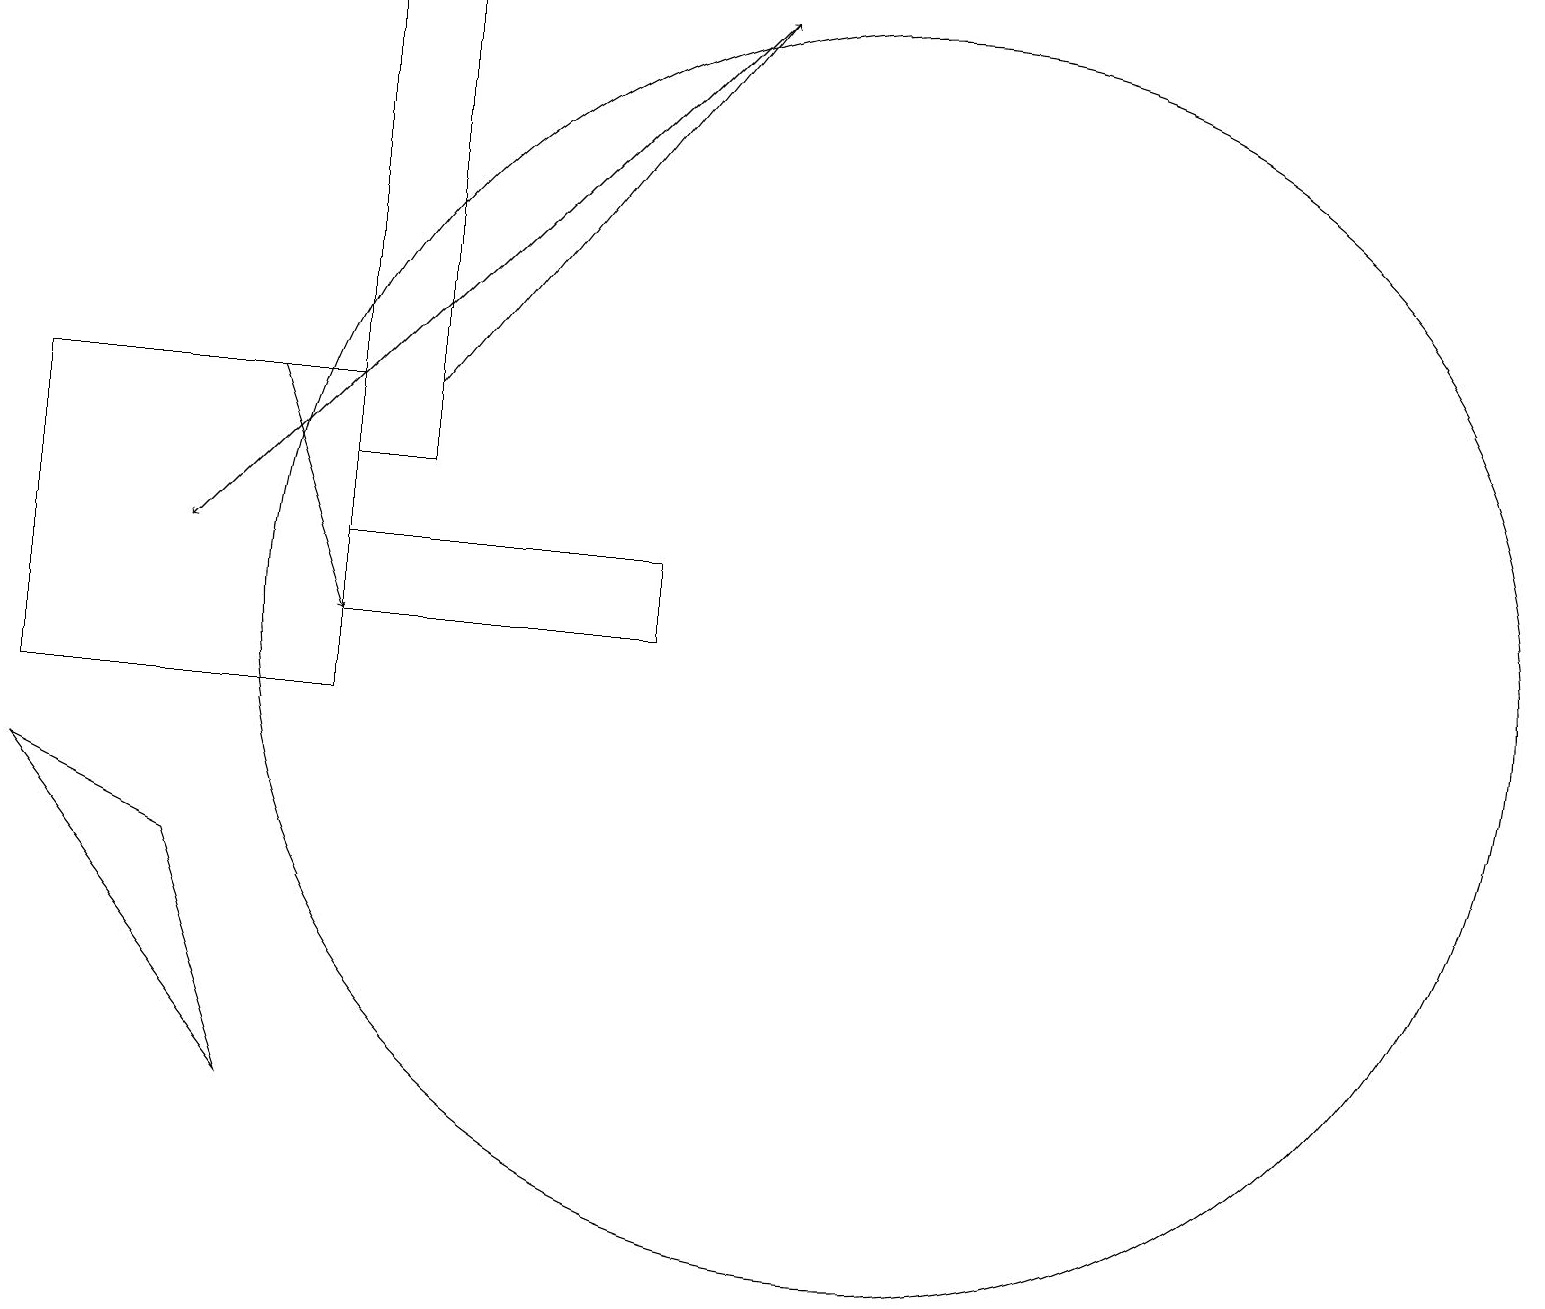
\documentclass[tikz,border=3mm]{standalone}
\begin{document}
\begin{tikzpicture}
\draw[->] (5,14) -- (9,19);
\draw (5,19) rectangle (4,13);
\draw[->] (9,19) -- (2,12);
\draw (4,10) rectangle (0,14);
\draw (0,9) -- (3,5) -- (2,8) -- cycle;
\draw (11,11) circle (8);
\draw (4,12) rectangle (8,11);
\draw[->] (3,14) -- (4,11);
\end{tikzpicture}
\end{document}